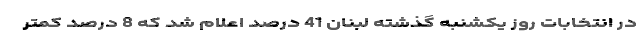
در انتخابات روز یکشنبه گذشته لبنان 41 درصد اعلام شد که 8 درصد کمتر